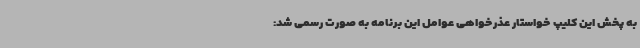
به پخش این کلیپ خواستار عذرخواهی عوامل این برنامه به صورت رسمی شد: